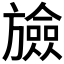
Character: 𣄝